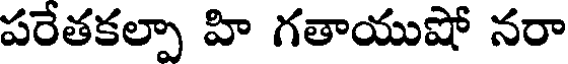
పరేతకల్పా హి గతాయుషో నరా